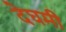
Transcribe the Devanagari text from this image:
देघमी